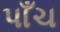
પાઁચ